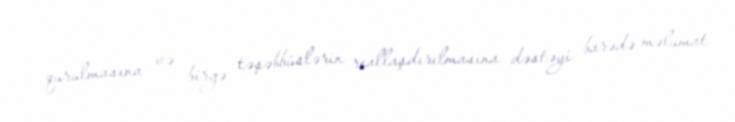
qurulmasına və birgə təşəbbüslərin reallaşdırılmasına dəstəyi barədə məlumat